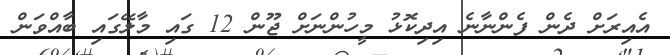
އެއިރަށް ދެން ފެންނާނެ އިދިކޮޅު މީހުންނަށް ޖޫން 12 ގައި މާލޭގައި ބާއްވަން